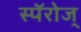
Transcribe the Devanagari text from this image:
स्पॅरोज्